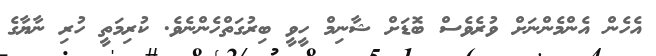
އެހެން އެންމެންނަށް ވުރެވެސް ބޮޑަށް ޝާނިމް ހީވީ ބިރުގަތްހެންނެވެ. ކުރިމަތީ ހުރި ނާޔާގެ